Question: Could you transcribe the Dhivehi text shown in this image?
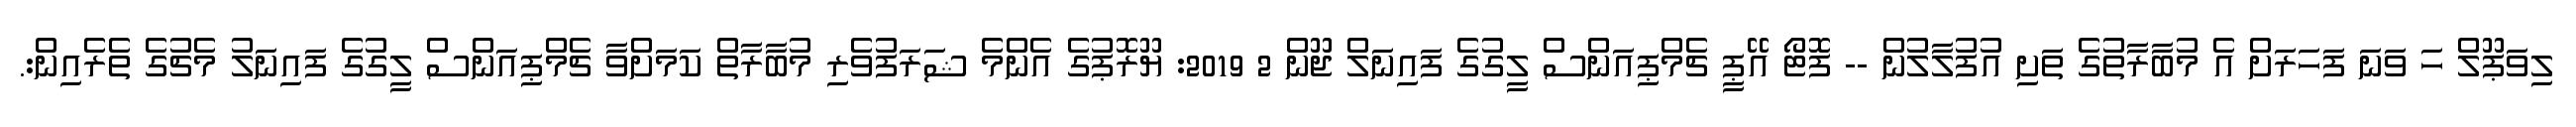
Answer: ލިވަޕޫލް ހަ ވަނަ ފަހަރަށް އެ މުބާރާތުގެ ތަށި އުފުލާލުން -- ފޮޓޯ އޭޕީ ޗެމްޕިއަންސް ލީގުގެ ފައިނަލް ޖޫން 2 2019: ޔޫރޮޕުގެ އެންމެ ޝަރަފުވެރި މުބާރާތް ކަމަށްވާ ޗެމްޕިއަންސް ލީގުގެ ފައިނަލު މެޗުގެ ތެރެއިން:.